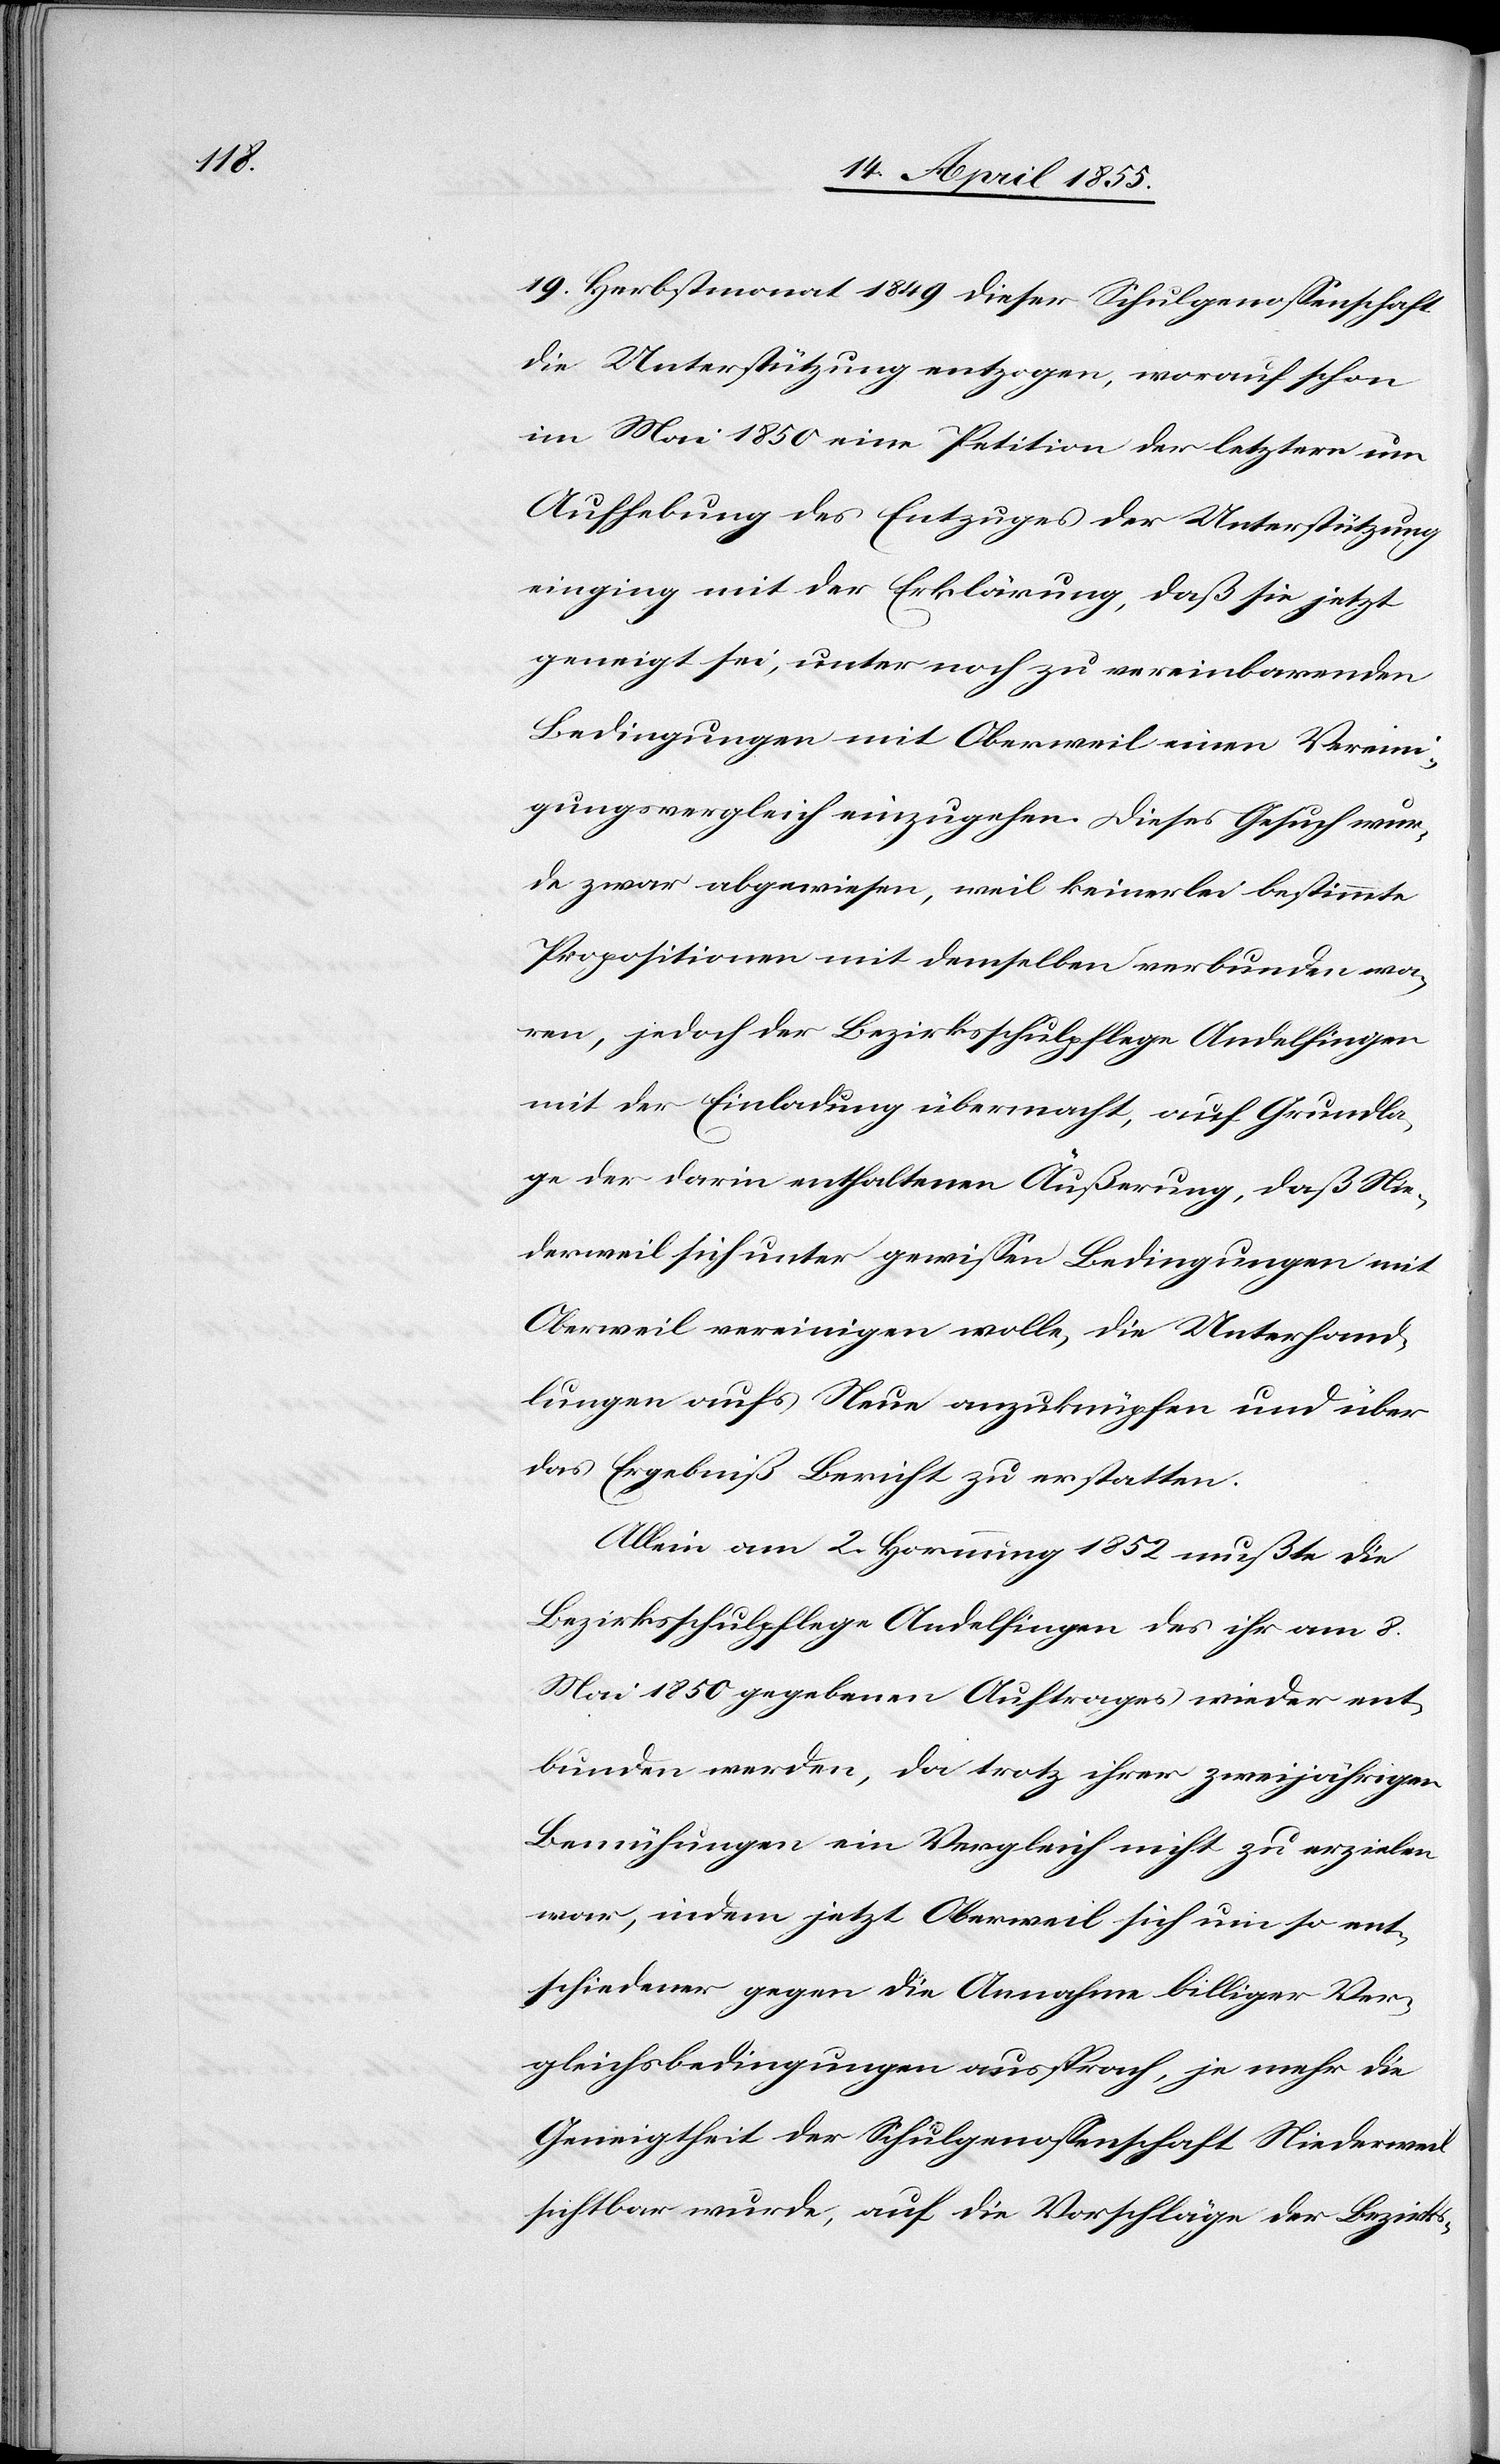
19. Herbstmonat 1849 dieser Schulgenossenschaft
die Unterstützung entzogen, worauf schon
im Mai 1850 eine Petition der letztern um
Aufhebung des Entzuges der Unterstützung
einging mit der Erklärung, daß sie jetzt
geneigt sei, unter noch zu vereinbarenden
Bedingungen mit Oberweil einen Vereini¬
gungsvergleich einzugehen. Dieses Gesuch wur¬
de zwar abgewiesen, weil keinerlei bestimmte
Propositionen mit demselben verbunden wa¬
ren, jedoch der Bezirksschulpflege Andelfingen
mit der Einladung übermacht, auf Grundla¬
ge der darin enthaltenen Äußerung, daß Nie¬
derweil sich unter gewissen Bedingungen mit
Oberweil vereinigen wolle, die Unterhand¬
lungen aufs Neue anzuknüpfen und über
das Ergebniß Bericht zu erstatten.
Allein am 2. Hornung 1852 mußte die
Bezirksschulpflege Andelfingen des ihr am 8.
Mai 1850 gegebenen Auftrages wieder ent¬
bunden werden, da trotz ihrer zweijährigen
Bemühungen ein Vergleich nicht zu erzielen
war, indem jetzt Oberweil sich um so ent¬
schiedener gegen die Annahme billiger Ver¬
gleichsbedingungen aussprach, je mehr die
Geneigtheit der Schulgenossenschaft Niederweil
sichtbar wurde, auf die Vorschläge der Bezirks-